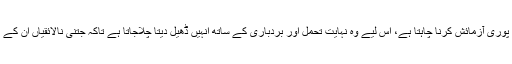
مگر وہ اس حاکم ضلع اور اس رعیت دونوں کی پوری آزمائش کرنا چاہتا ہے، اس لیے وہ نہایت تحمل اور بردباری کے ساتھ انہیں ڈھیل دیتا چلاجاتا ہے تاکہ جتنی نالائقیاں ان کے اندر بھری ہوئی ہیں، پوری طرح ظاہر ہوجائیں۔